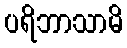
ပရိဘာသာမိ